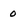
Character: o